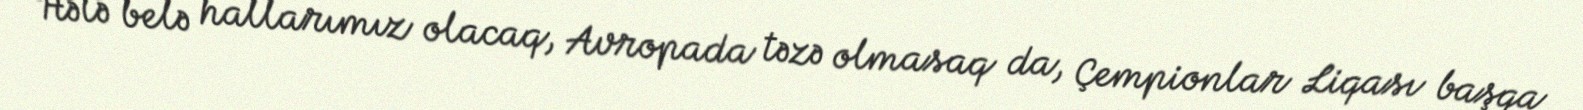
Hələ belə hallarımız olacaq, Avropada təzə olmasaq da, Çempionlar Liqası başqa